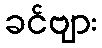
ခင်ဗျား